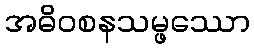
အဓိဝစနသမ္ဖဿော